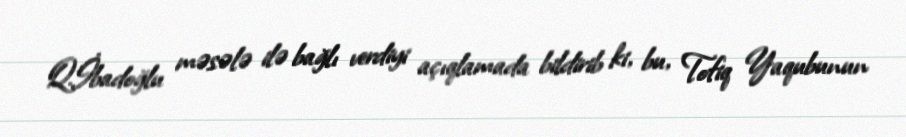
Q.İbadoğlu məsələ ilə bağlı verdiyi açıqlamada bildirib ki, bu, Tofiq Yaqubunun